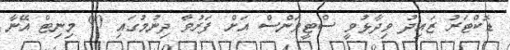
ޑޮކްޓަރު ޒައިދު ވިދާޅުވީ ސްޓީވަންސް އަށް ފަރުވާ ދިނުމުގައި 90 މިނިޓް އޭނާ